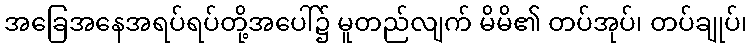
အခြေအနေအရပ်ရပ်တို့အပေါ်၌ မူတည်လျက် မိမိ၏ တပ်အုပ်၊ တပ်ချုပ်၊